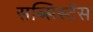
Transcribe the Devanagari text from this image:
सब्सिस्टेंस